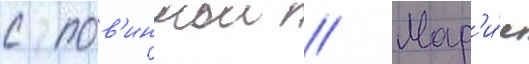
с пов'иннои // Мар'и́я